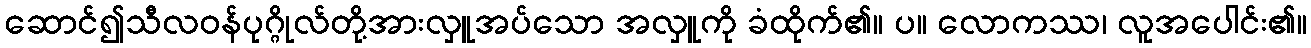
ဆောင်၍သီလဝန်ပုဂ္ဂိုလ်တို့အားလှူအပ်သော အလှူကို ခံထိုက်၏။ ပ။ လောကဿ၊ လူအပေါင်း၏။